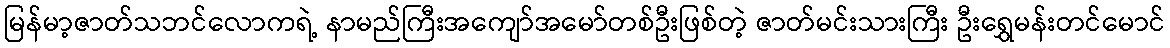
မြန်မာ့ဇာတ်သဘင်လောကရဲ့ နာမည်ကြီးအကျော်အမော်တစ်ဦးဖြစ်တဲ့ ဇာတ်မင်းသားကြီး ဦးရွှေမန်းတင်မောင်